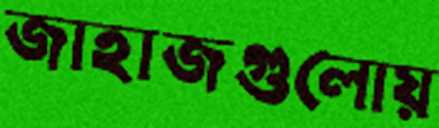
জাহাজগুলোয়